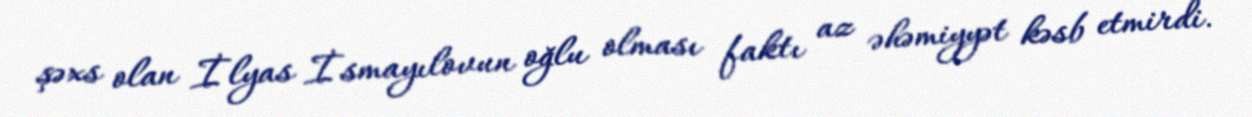
şəxs olan İlyas İsmayılovun oğlu olması faktı az əhəmiyyət kəsb etmirdi.